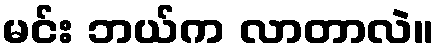
မင်း ဘယ်က လာတာလဲ။